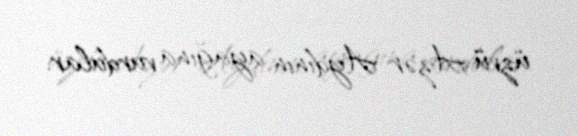
üzvü Azər Aydının ayağına vurdular.